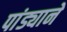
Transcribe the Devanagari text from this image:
पांड्याने